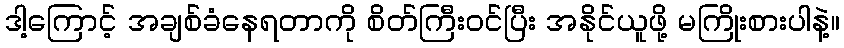
ဒါ့ကြောင့် အချစ်ခံနေရတာကို စိတ်ကြီးဝင်ပြီး အနိုင်ယူဖို့ မကြိုးစားပါနဲ့။